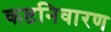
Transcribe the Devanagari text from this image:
कष्टनिवारण